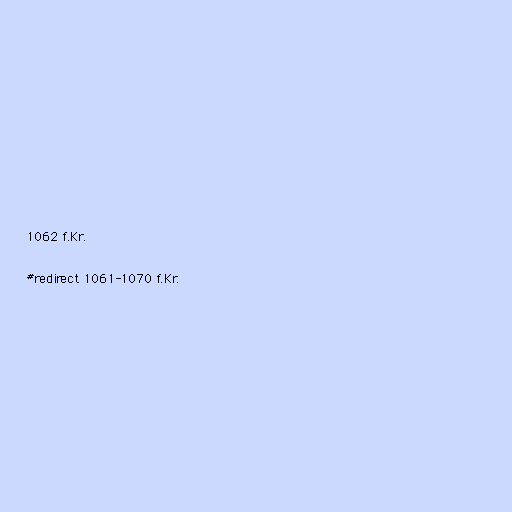
1062 f.Kr.

#redirect 1061-1070 f.Kr.